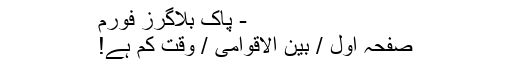
- پاک بلاگرز فورم
صفحہ اول / بین الاقوامی / وقت کم ہے!